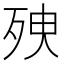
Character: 𣧴